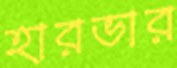
হারভার